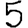
Digit: 5